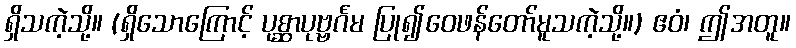
ရှိသကဲ့သို့။ (ရှိသောကြောင့် ပုစ္ဆာပုဗ္ဗင်္ဂမ ပြု၍ဝေဖန်တော်မူသကဲ့သို့။) ဧဝံ၊ ဤအတူ။